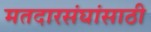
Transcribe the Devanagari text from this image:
मतदारसंघांसाठी